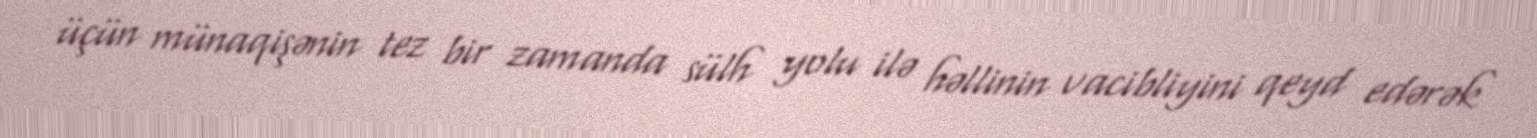
üçün münaqişənin tez bir zamanda sülh yolu ilə həllinin vacibliyini qeyd edərək